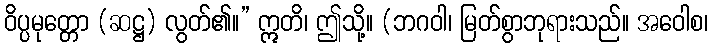
ဝိပ္ပမုတ္တော (ဆဋ္ဌ) လွတ်၏။” ဣတိ၊ ဤသို့။ (ဘဂဝါ၊ မြတ်စွာဘုရားသည်။ အဝေါစ၊